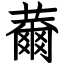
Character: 薾